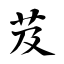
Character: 芨